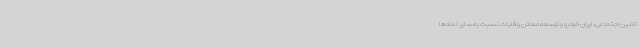
تامین اجتماعی، ایران خودرو و توسعه معادن و فلزات نسبت به سایر نمادها